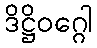
ဒိဋ္ဌိဝဂ္ဂေါ